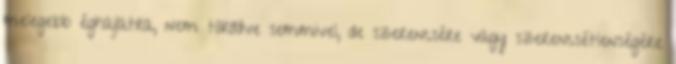
melegebb éghajlatra, nem törődve semmivel, de szerencsére vagy szerencsétlenségére